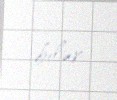
bilər.